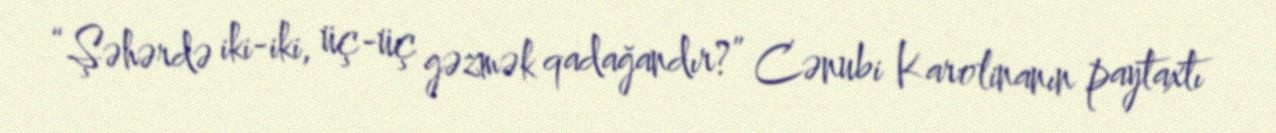
“Şəhərdə iki-iki, üç-üç gəzmək qadağandır?” Cənubi Karolinanın paytaxtı